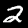
Label: 2